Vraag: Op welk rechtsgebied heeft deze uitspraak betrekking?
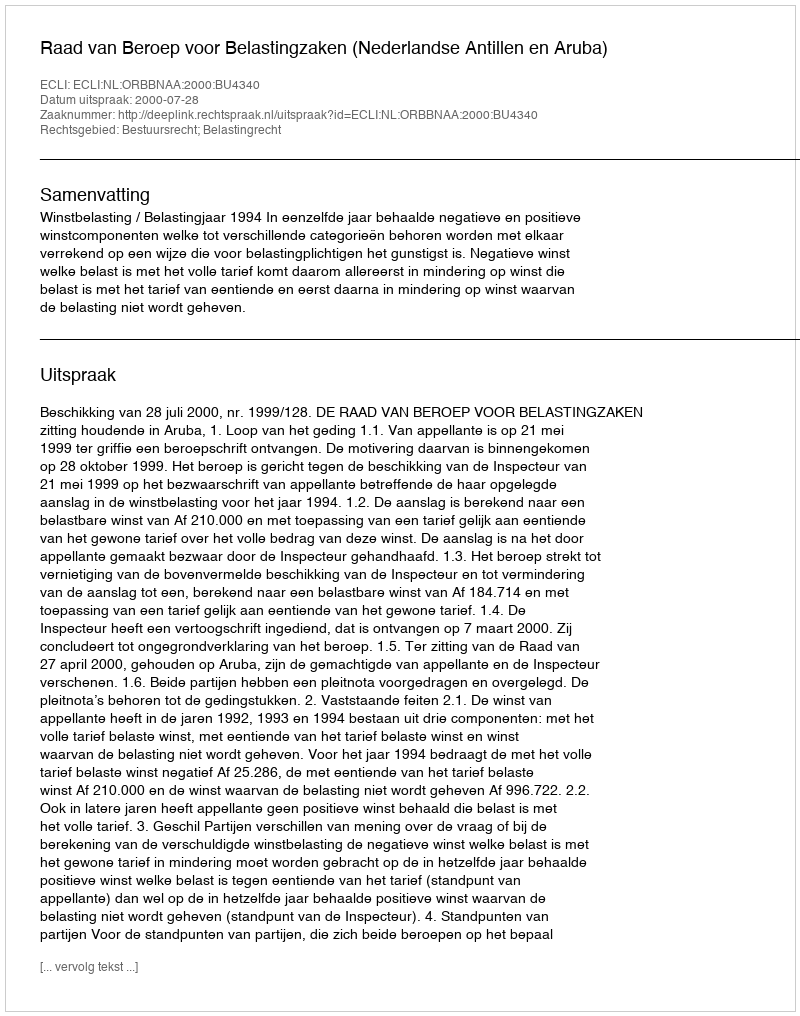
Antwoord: Bestuursrecht; Belastingrecht